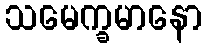
သမေက္ခမာနော